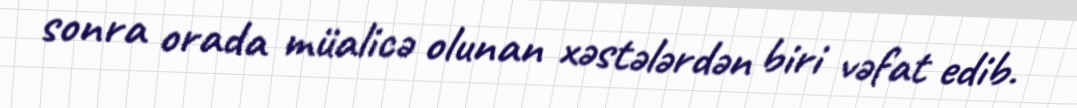
sonra orada müalicə olunan xəstələrdən biri vəfat edib.